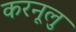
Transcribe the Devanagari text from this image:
करनूलु